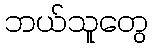
ဘယ်သူတွေ